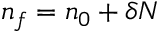
n _ { f } = n _ { 0 } + \delta N